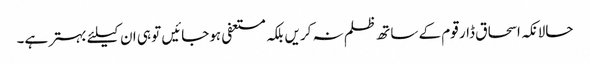
حالانکہ اسحاق ڈار قوم کے ساتھ ظلم نہ کریں بلکہ مستعفی ہوجائیں تو ہی ان کیلئے بہتر ہے۔